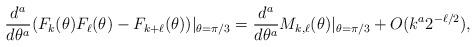
LaTeX: \begin{align*}\frac{d^a}{d \theta^a} (F_k(\theta) F_{\ell}(\theta) - F_{k+\ell}(\theta)) \vert_{\theta=\pi/3} = \frac{d^a}{d \theta^a} M_{k,\ell}(\theta) \vert_{\theta=\pi/3} + O(k^a 2^{-\ell/2}),\end{align*}